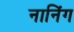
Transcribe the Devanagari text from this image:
नानिंग